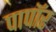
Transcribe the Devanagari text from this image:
पापॉर